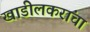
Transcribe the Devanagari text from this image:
खाडीलकरांचा